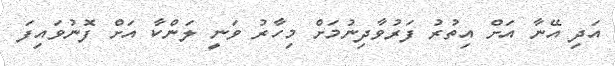
އަދި އޭނާ އަށް އިތުރު ފަރުވާދިނުމަށް މިހާރު ވަނީ ލަންކާ އަށް ފޮނުވައިފަ